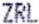
ZRL